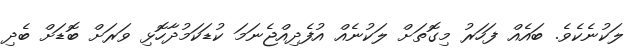
ލަކުނެކެވެ. ބައެއް ފަހަރު މިގޮތަށް ލަކުނެއް އުފެދިއްޖެނަމަ ކުޑަކަމުދާހޮޅި ވަރަށް ބޮޑަށް ބެދި